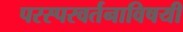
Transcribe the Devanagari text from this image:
परस्परवर्तनाविषयी